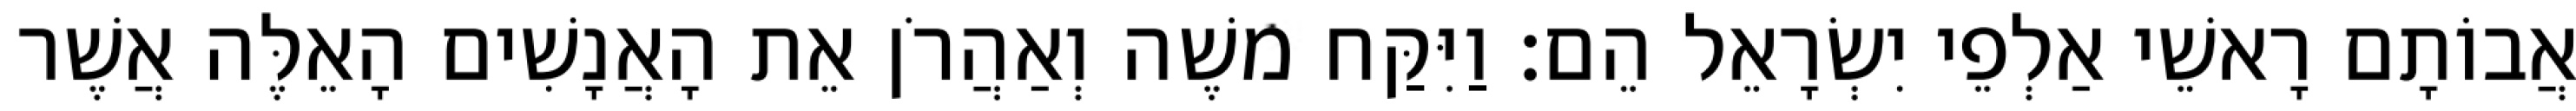
אֲבוֹתָם רָאשֵׁי אַלְפֵי יִשְׂרָאֵל הֵם׃ וַיִּקַּח משֶׁה וְאַהֲרֹן אֵת הָאֲנָשִׁים הָאֵלֶּה אֲשֶׁר